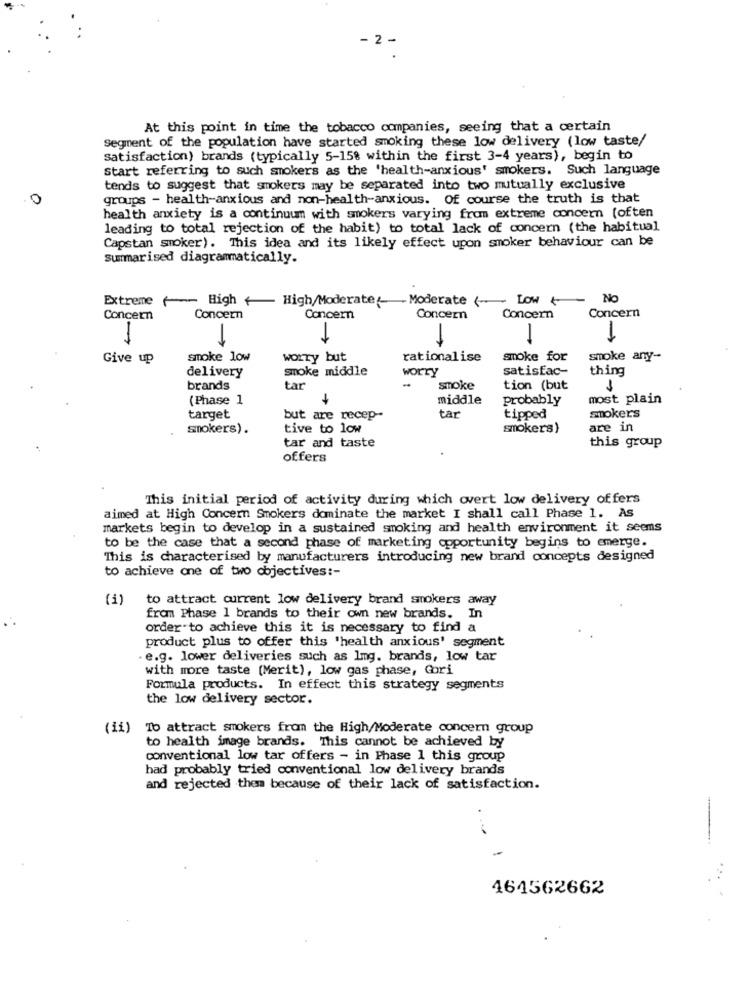
- 2 -
At this point in time the tobacco companies, seeing that a certain
Segment of the population have started smoking these low delivery (low taste/
satisfaction) brands (typically 5-15% within the first 3-4 years), begin to
Start referring to such smokers as the 'health-anxious' smokers. Such language
tends to suggest that smokers may be separated into two mutually exclusive
groups - health-anxious and non-health-anxious. Of course the truth is that
health anxiety is a continuum with smokers varying from extreme concern (often
leading to total rejection of the habit) to total lack of concern (the habitual
Capstan smoker). This idea and its likely effect upon smoker behaviour can be
Summarised diagrammatically.
Extreme High High/Moderate: Moderate (- Low +
No
Concern
Concern
Concern
Concern
Concern
Concern
-
-
Give up
smoke low
worry but
rationalise
smoke for
smoke any-
delivery
smoke middle
worry
satisfac-
thing
-
brands
tar
smoke
tion (but
1
(Phase 1
middle
Probably
most plain
smokers
target
but are recep --
tar
tipped
smokers).
tive to low
smokers)
are in
tar and taste
this group
offers
This initial period of activity during which overt low delivery offers
aimed at High Concern Smokers dominate the market I shall call Phase 1. As
markets begin to develop in a sustained smoking and health environment it seems
to be the case that a second phase of marketing opportunity begins to emerge.
This is characterised by manufacturers introducing new brand concepts designed
to achieve one of two objectives :-
(i) to attract current low delivery brand smokers away
from Phase 1 brands to their own new brands. In
order to achieve this it is necessary to find a
product plus to offer this 'health anxious' segment
. e.g. lower deliveries such as Img. brands, low tar
with more taste (Merit), low gas phase, Gori
Formula products. In effect this strategy segments
the low delivery sector.
(ii) To attract smokers from the High/Moderate concern group
to health image brands. This cannot be achieved by
conventional low tar offers - in Phase 1 this group
had probably tried conventional low delivery brands
and rejected them because of their lack of satisfaction.
.
-
464562662